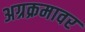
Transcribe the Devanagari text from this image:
अग्रक्रमावर